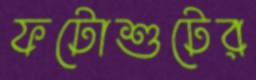
ফটোশুটের